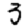
Digit: 3